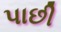
પાછી